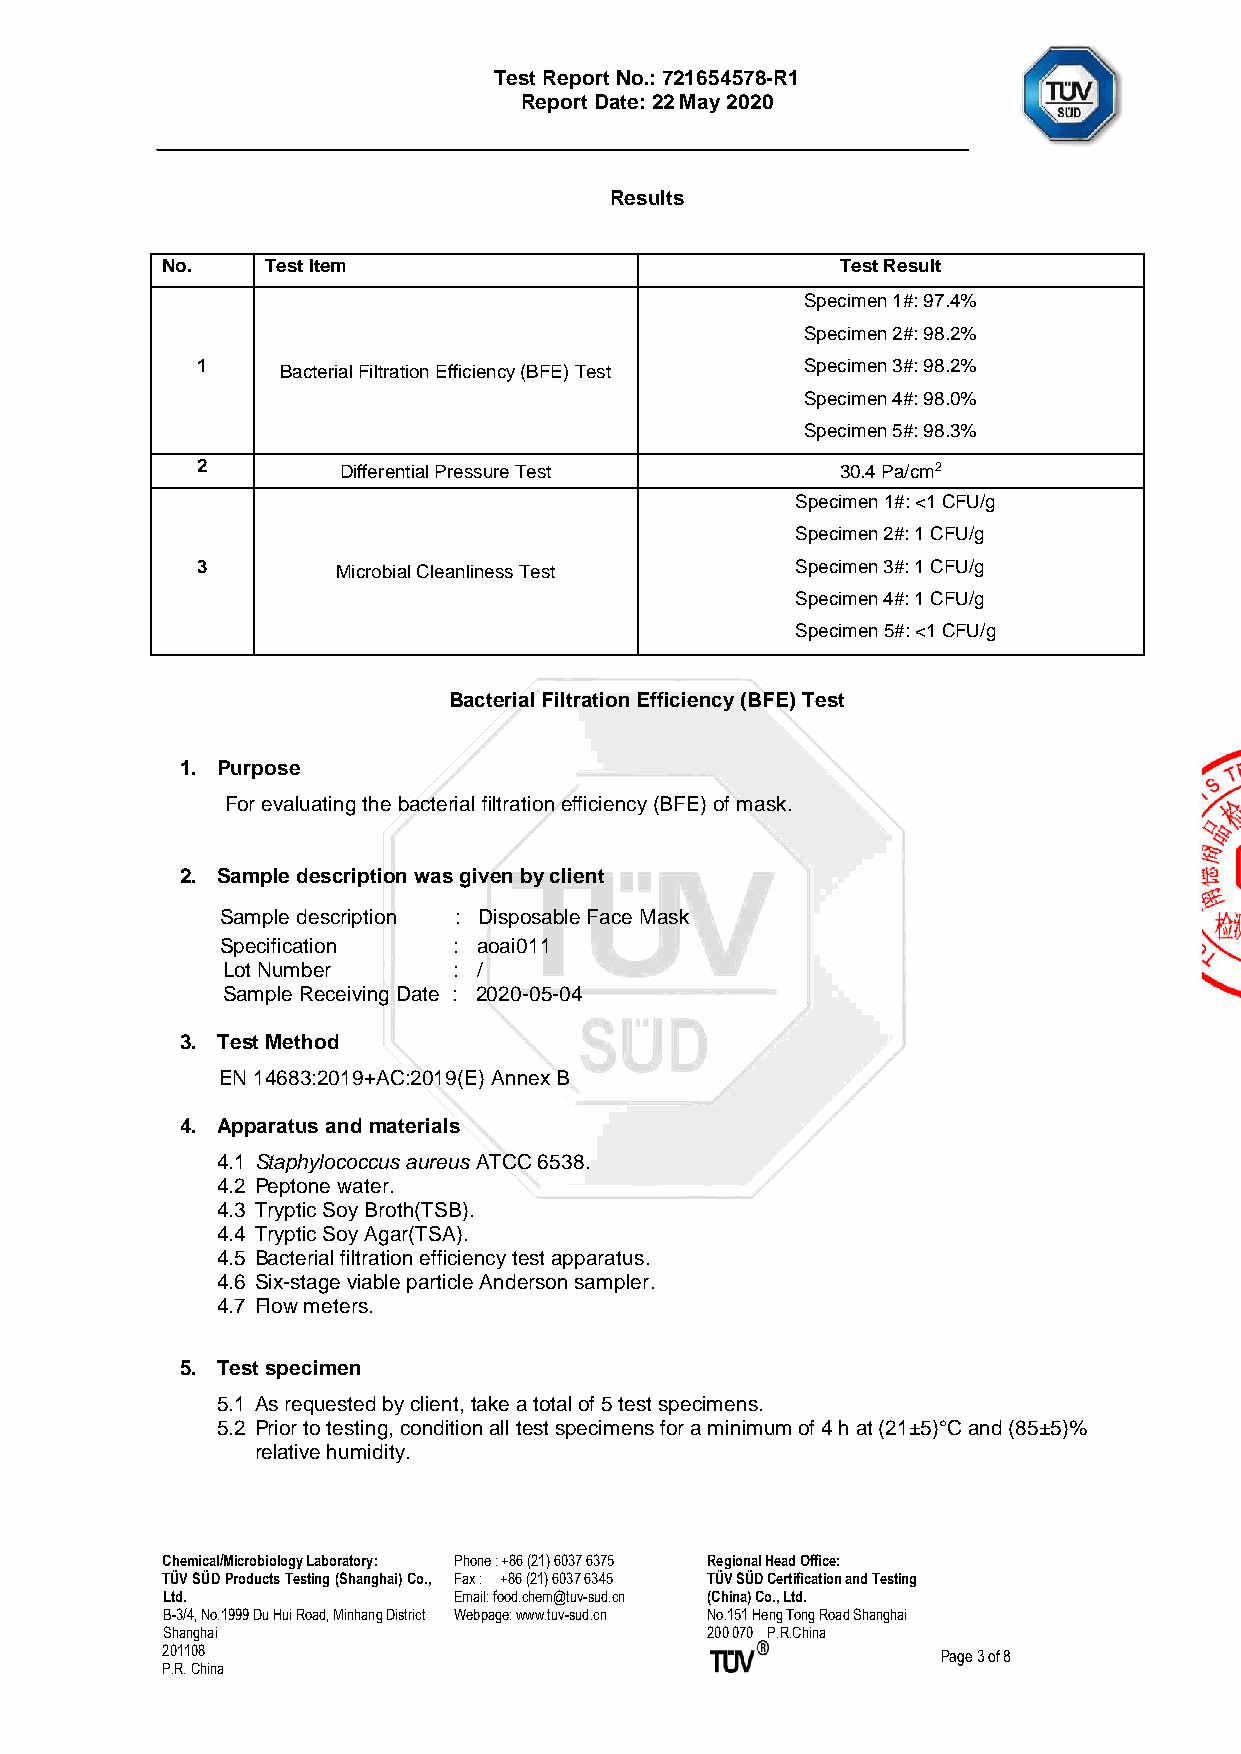
Test Report No.: 721654578-R1
 Report Date: 22 May 2020
 Results
 No.    Test Item                             Test Result
 Specimen 1#: 97.4%
 Specimen 2#: 98.2%
 1     Bacterial Filtration Efficiency (BFE) Test Specimen 3#: 98.2%
 Specimen 4#: 98.0%
 Specimen 5#: 98.3%
 2        Differential Pressure Test        30.4 Pa/cm2
 Specimen 1#: <1 CFU/g
 Specimen 2#: 1 CFU/g
 3        Microbial Cleanliness Test     Specimen 3#: 1 CFU/g
 Specimen 4#: 1 CFU/g
 Specimen 5#: <1 CFU/g
 Bacterial Filtration Efficiency (BFE) Test
 1. Purpose
 For evaluating the bacterial filtration efficiency (BFE) of mask.
 2. Sample description was given by client
 Sample description : Disposable Face Mask
 Specification  : aoai011
 Lot Number     : /
 Sample Receiving Date : 2020-05-04
 3. Test Method
 EN 14683:2019+AC:2019(E) Annex B
 4. Apparatus and materials
 4.1 Staphylococcus aureus ATCC 6538.
 4.2 Peptone water.
 4.3 Tryptic Soy Broth(TSB).
 4.4 Tryptic Soy Agar(TSA).
 4.5 Bacterial filtration efficiency test apparatus.
 4.6 Six-stage viable particle Anderson sampler.
 4.7 Flow meters.
 5. Test specimen
 5.1 As requested by client, take a total of 5 test specimens.
 5.2 Prior to testing, condition all test specimens for a minimum of 4 h at (21±5)°C and (85±5)%
 relative humidity.
 Chemical/Microbiology Laboratory: Phone : +86 (21) 6037 6375 Regional Head Office:
 TÜV SÜD Products Testing (Shanghai) Co., Fax : +86 (21) 6037 6345 TÜV SÜD Certification and Testing
 Ltd.               Email: food.chem@tuv-sud.cn (China) Co., Ltd.
 B-3/4, No.1999 Du Hui Road, Minhang District Webpage: www.tuv-sud.cn No.151 Heng Tong Road Shanghai
 Shanghai                            200 070 P.R.China
 201108                                             Page 3 of 8
 P.R. China